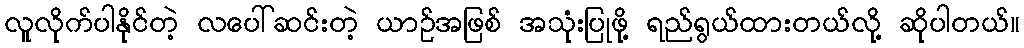
လူလိုက်ပါနိုင်တဲ့ လပေါ်ဆင်းတဲ့ ယာဉ်အဖြစ် အသုံးပြုဖို့ ရည်ရွယ်ထားတယ်လို့ ဆိုပါတယ်။